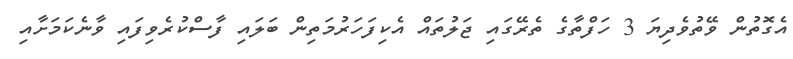
އެގޮތުން ވޭތުވެދިޔަ 3 ހަފްތާގެ ތެރޭގައި ޖަލުތައް އެކިފަހަރުމަތިން ބަލައި ފާސްކުރެވިފައި ވާނެކަމަށާއި